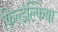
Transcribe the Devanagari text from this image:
फिल्डेल्फिया